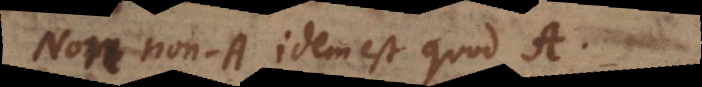
Non-non-A idem est quod A.